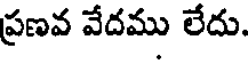
ప్రణవ వేదము లేదు.